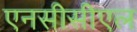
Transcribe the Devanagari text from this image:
एनसीसीएल